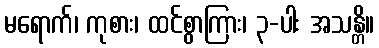
မရောက်၊ ကုစား၊ ထင်စွာကြား၊ ၃-ပါး အသန္တိ။